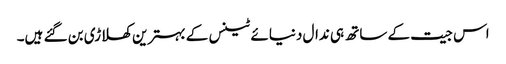
اس جیت کے ساتھ ہی ندال دنیائے ٹینس کے بہترین کھلاڑی بن گئے ہیں۔